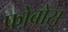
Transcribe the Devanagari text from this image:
फो़बोस